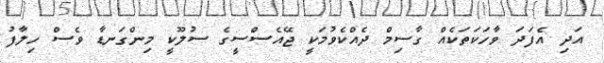
އަދި އެފަދަ ވާހަކަތަކެއް ގާސިމް ދެއްކެވުމަކީ ޖޭއެސްސީގެ ސުލޫކީ މިންގަނޑާ ވެސް ހިލާފު